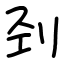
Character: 刭